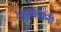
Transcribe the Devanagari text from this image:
अंतर्कंपनी